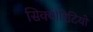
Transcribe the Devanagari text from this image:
सिक्योरिटियों